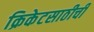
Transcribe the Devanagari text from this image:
क्रिकेटसाठीची